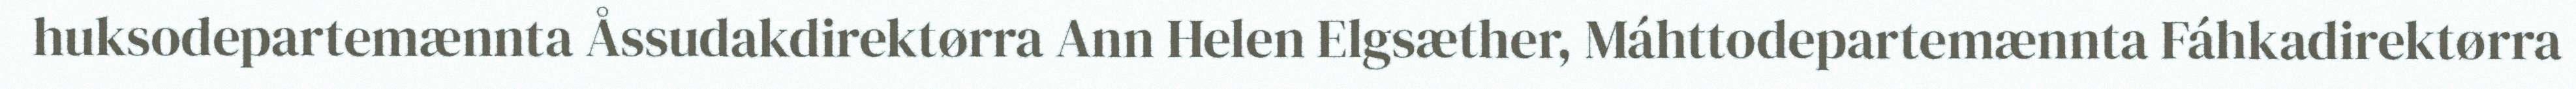
huksodepartemænnta Åssudakdirektørra Ann Helen Elgsæther, Máhttodepartemænnta Fáhkadirektørra